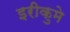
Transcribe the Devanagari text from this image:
इरीकुमे